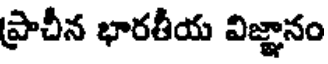
ప్రాచీన భారతీయ విజ్ఞానం